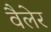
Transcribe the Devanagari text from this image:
वैलेर